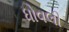
ધોવલી